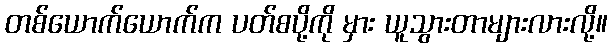
တစ်ယောက်ယောက်က ပတ်စပို့ကို မှား ယူသွားတာများလားလို့။